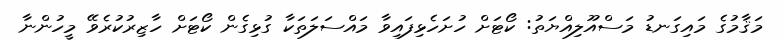
މަޤާމުގެ މައިގަނޑު މަސްއޫލިއްޔަތު: ކޯޓަށް ހުށަހެޅިފައިވާ މައްސަލަތަކާ ގުޅިގެން ކޯޓަށް ހާޒިރުކުރެވޭ މީހުންނާ